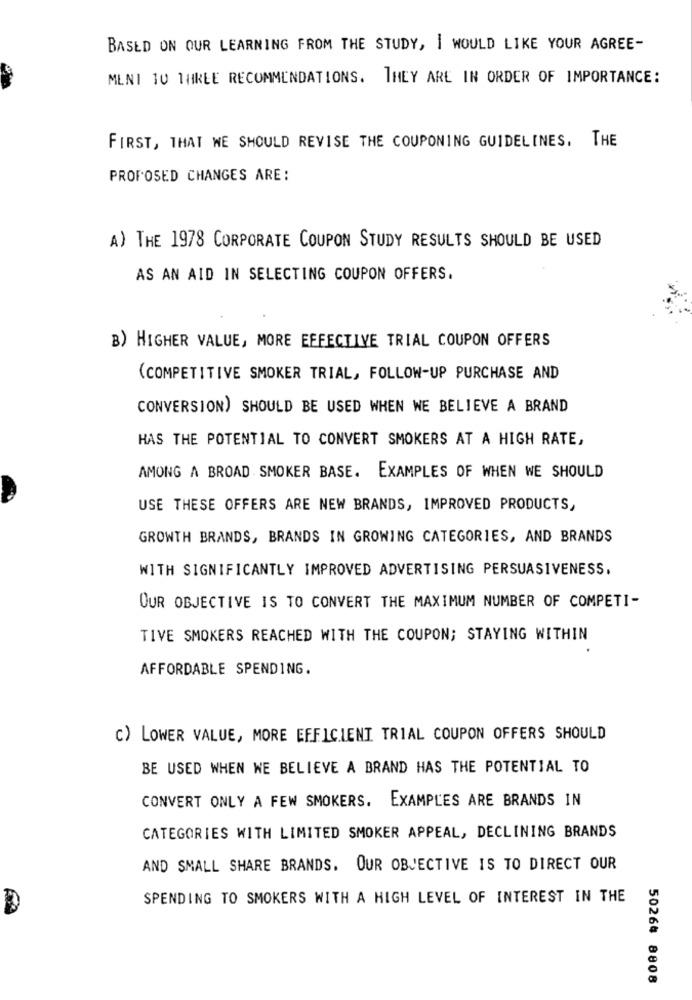
BASED ON OUR LEARNING FROM THE STUDY, I WOULD LIKE YOUR AGREE-
MENI 10 THREE RECOMMENDATIONS. THEY ARE IN ORDER OF IMPORTANCE:
FIRST, THAT WE SHOULD REVISE THE COUPONING GUIDELINES, THE
PROPOSED CHANGES ARE :
A) THE 1978 CORPORATE COUPON STUDY RESULTS SHOULD BE USED
AS AN AID IN SELECTING COUPON OFFERS.
B) HIGHER VALUE, MORE EFFECTIVE TRIAL COUPON OFFERS
(COMPETITIVE SMOKER TRIAL, FOLLOW-UP PURCHASE AND
CONVERSION) SHOULD BE USED WHEN WE BELIEVE A BRAND
HAS THE POTENTIAL TO CONVERT SMOKERS AT A HIGH RATE,
AMONG A BROAD SMOKER BASE. EXAMPLES OF WHEN WE SHOULD
USE THESE OFFERS ARE NEW BRANDS, IMPROVED PRODUCTS,
GROWTH BRANDS, BRANDS IN GROWING CATEGORIES, AND BRANDS
WITH SIGNIFICANTLY IMPROVED ADVERTISING PERSUASIVENESS.
OUR OBJECTIVE IS TO CONVERT THE MAXIMUM NUMBER OF COMPETI-
TIVE SMOKERS REACHED WITH THE COUPON; STAYING WITHIN
AFFORDABLE SPENDING.
C) LOWER VALUE, MORE EFFICIENT TRIAL COUPON OFFERS SHOULD
BE USED WHEN WE BELIEVE A BRAND HAS THE POTENTIAL TO
CONVERT ONLY A FEW SMOKERS. EXAMPLES ARE BRANDS IN
CATEGORIES WITH LIMITED SMOKER APPEAL, DECLINING BRANDS
AND SMALL SHARE BRANDS. OUR OBJECTIVE IS TO DIRECT OUR
SPENDING TO SMOKERS WITH A HIGH LEVEL OF INTEREST IN THE
5026# 8808